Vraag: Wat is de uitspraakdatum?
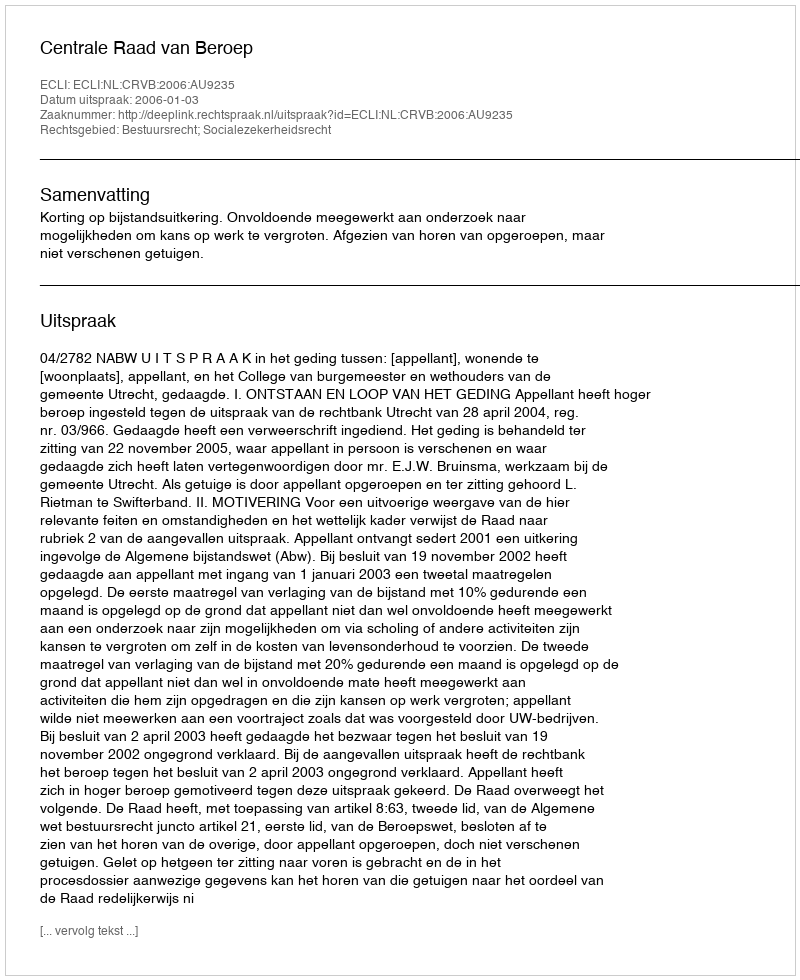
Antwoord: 2006-01-03